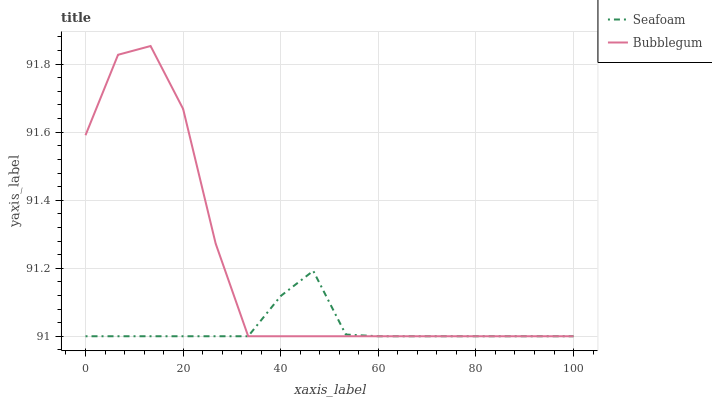
| xaxis_label | Seafoam | Bubblegum |
 | --- | --- | --- |
 | 0 | 91 | 91.6 |
 | 6.67 | 91 | 91.8 |
 | 13.3 | 91 | 91.9 |
 | 20 | 91 | 91.7 |
 | 26.7 | 91 | 91.3 |
 | 33.3 | 91 | 91 |
 | 40 | 91.1 | 91 |
 | 46.7 | 91.2 | 91 |
 | 53.3 | 91 | 91 |
 | 60 | 91 | 91 |
 | 66.7 | 91 | 91 |
 | 73.3 | 91 | 91 |
 | 80 | 91 | 91 |
 | 86.7 | 91 | 91 |
 | 93.3 | 91 | 91 |
 | 100 | 91 | 91 |